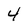
Character: 4